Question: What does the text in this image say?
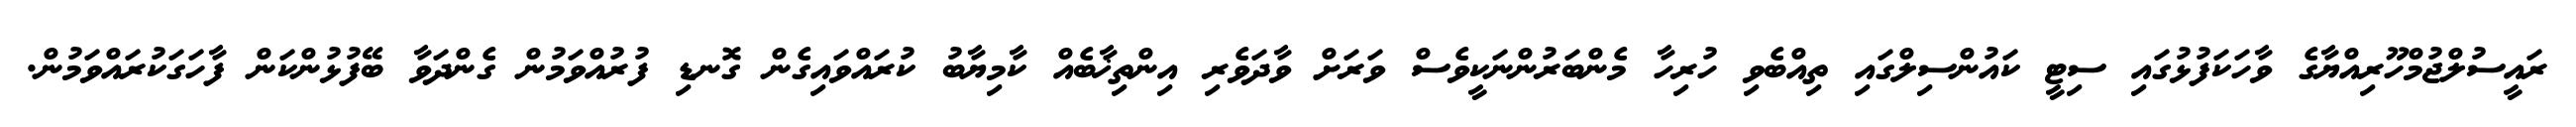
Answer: ރައީސުލްޖުމްހޫރިއްޔާގެ ވާހަކަފުޅުގައި ސިޓީ ކައުންސިލްގައި ތިއްބެވި ހުރިހާ މެންބަރުންނަކީވެސް ވަރަށް ވާދަވެރި އިންތިޚާބެއް ކާމިޔާބު ކުރައްވައިގެން ގޮނޑި ފުރުއްވަމުން ގެންދަވާ ބޭފުޅުންކަން ފާހަގަކުރައްވަމުން.